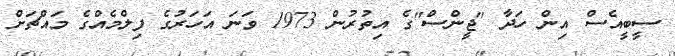
ސީބީއެސް އިން ހަދާ "ޖީންސް"ގެ އިތުރުން 1973 ވަނަ އަހަރުގެ ފިލްމެއްގެ މައްޗަށް